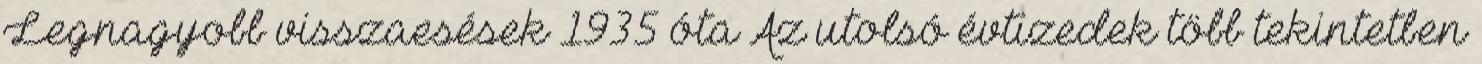
Legnagyobb visszaesések 1935 óta Az utolsó évtizedek több tekintetben